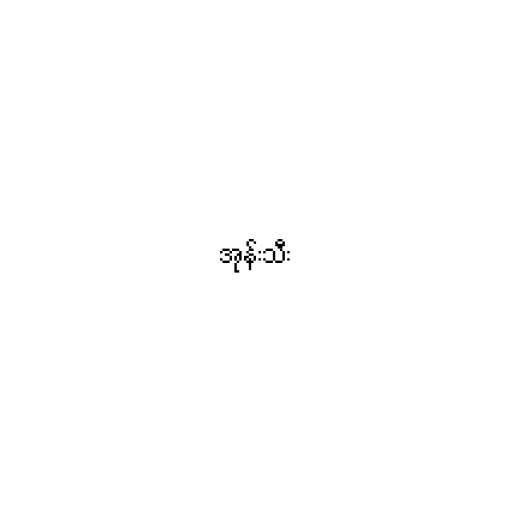
အုန်းသီး